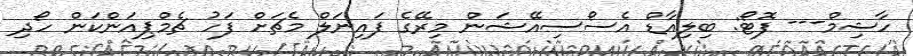
ހާޝިމް--- ފޮޓޯ: ބިލިއާޑް އެސޯސިއޭޝަން މިރޭގެ ފައިނަލް މެޗަށް ފަހު ޗެމްޕިއަންކަން ހޯދި